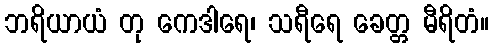
ဘရိယာယံ တု ကေဒါရေ၊ သရီရေ ခေတ္တ မီရိတံ။